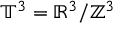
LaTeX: \mathbb { T } ^ { 3 } = \mathbb { R } ^ { 3 } / \mathbb { Z } ^ { 3 }